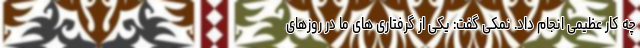
چه کار عظیمی انجام داد. نمکی گفت: یکی از گرفتاری های ما در روزهای